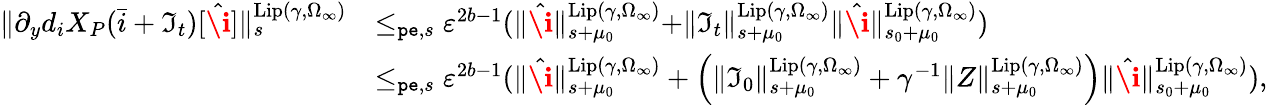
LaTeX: \begin{array}{rl}{\rVert\partial_{y}d_{i}X_{P}(\bar{i}+\mathfrak{I}_{t})[\hat{\textbf{\i}}]\rVert_{s}^{\mathrm{Lip}(\gamma,\Omega_{\infty})}}&{\le_{\mathtt{pe},s}\varepsilon^{2b-1}(\rVert\hat{\textbf{\i}}\rVert_{s+\mu_{0}}^{\mathrm{Lip}(\gamma,\Omega_{\infty})}+\rVert\mathfrak{I}_{t}\rVert_{s+\mu_{0}}^{\mathrm{Lip}(\gamma,\Omega_{\infty})}\rVert\hat{\textbf{\i}}\rVert_{s_{0}+\mu_{0}}^{\mathrm{Lip}(\gamma,\Omega_{\infty})})}\\ &{\le_{\mathtt{pe},s}\varepsilon^{2b-1}(\rVert\hat{\textbf{\i}}\rVert_{s+\mu_{0}}^{\mathrm{Lip}(\gamma,\Omega_{\infty})}+\left(\rVert\mathfrak{I}_{0}\rVert_{s+\mu_{0}}^{\mathrm{Lip}(\gamma,\Omega_{\infty})}+\gamma^{-1}\rVert Z\rVert_{s+\mu_{0}}^{\mathrm{Lip}(\gamma,\Omega_{\infty})}\right)\rVert\hat{\textbf{\i}}\rVert_{s_{0}+\mu_{0}}^{\mathrm{Lip}(\gamma,\Omega_{\infty})}),}\end{array}